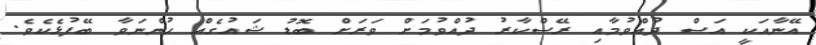
އޭނާއަކީ އަސް ދުއްވުމާއި ރޭސްކާރު ދުއްވުމަށް ވަރަށް ބޮޑު ޝައުގެއް ހުންނަވާ ބޭފުޅެކެވެ.